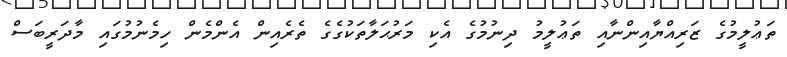
ތަޢުލީމުގެ ޒަރިއްޔާއިންނާއި ތަޢުލީމު ދިނުމުގެ އެކި މަރުޙަލާތަކުގެގެ ތެރެއިން އެންމެން ހިމެނުމުގައި މާދަރީބަސް